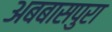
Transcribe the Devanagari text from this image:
अबबासपुरा